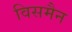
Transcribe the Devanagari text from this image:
विसमैन